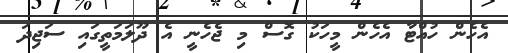
އެހެން ހުއްޓާ އެހެން މީހަކު ގޮސް މި ޖެހެނީ އެ ދޫލަމަތީގައި ސަޖިދަ